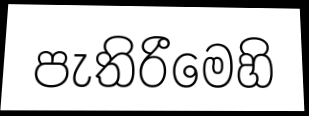
පැතිරීමෙහි